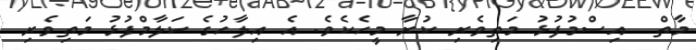
މާތް  އިސްމުފުޅު މަތިވެރި ކުރާ މީހެކެވެ. އެ އިލާހުގެ ކަލާމްފުޅު މަތިވެރި